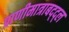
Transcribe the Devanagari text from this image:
प्राणीमात्राबद्द्ल